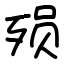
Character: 殒